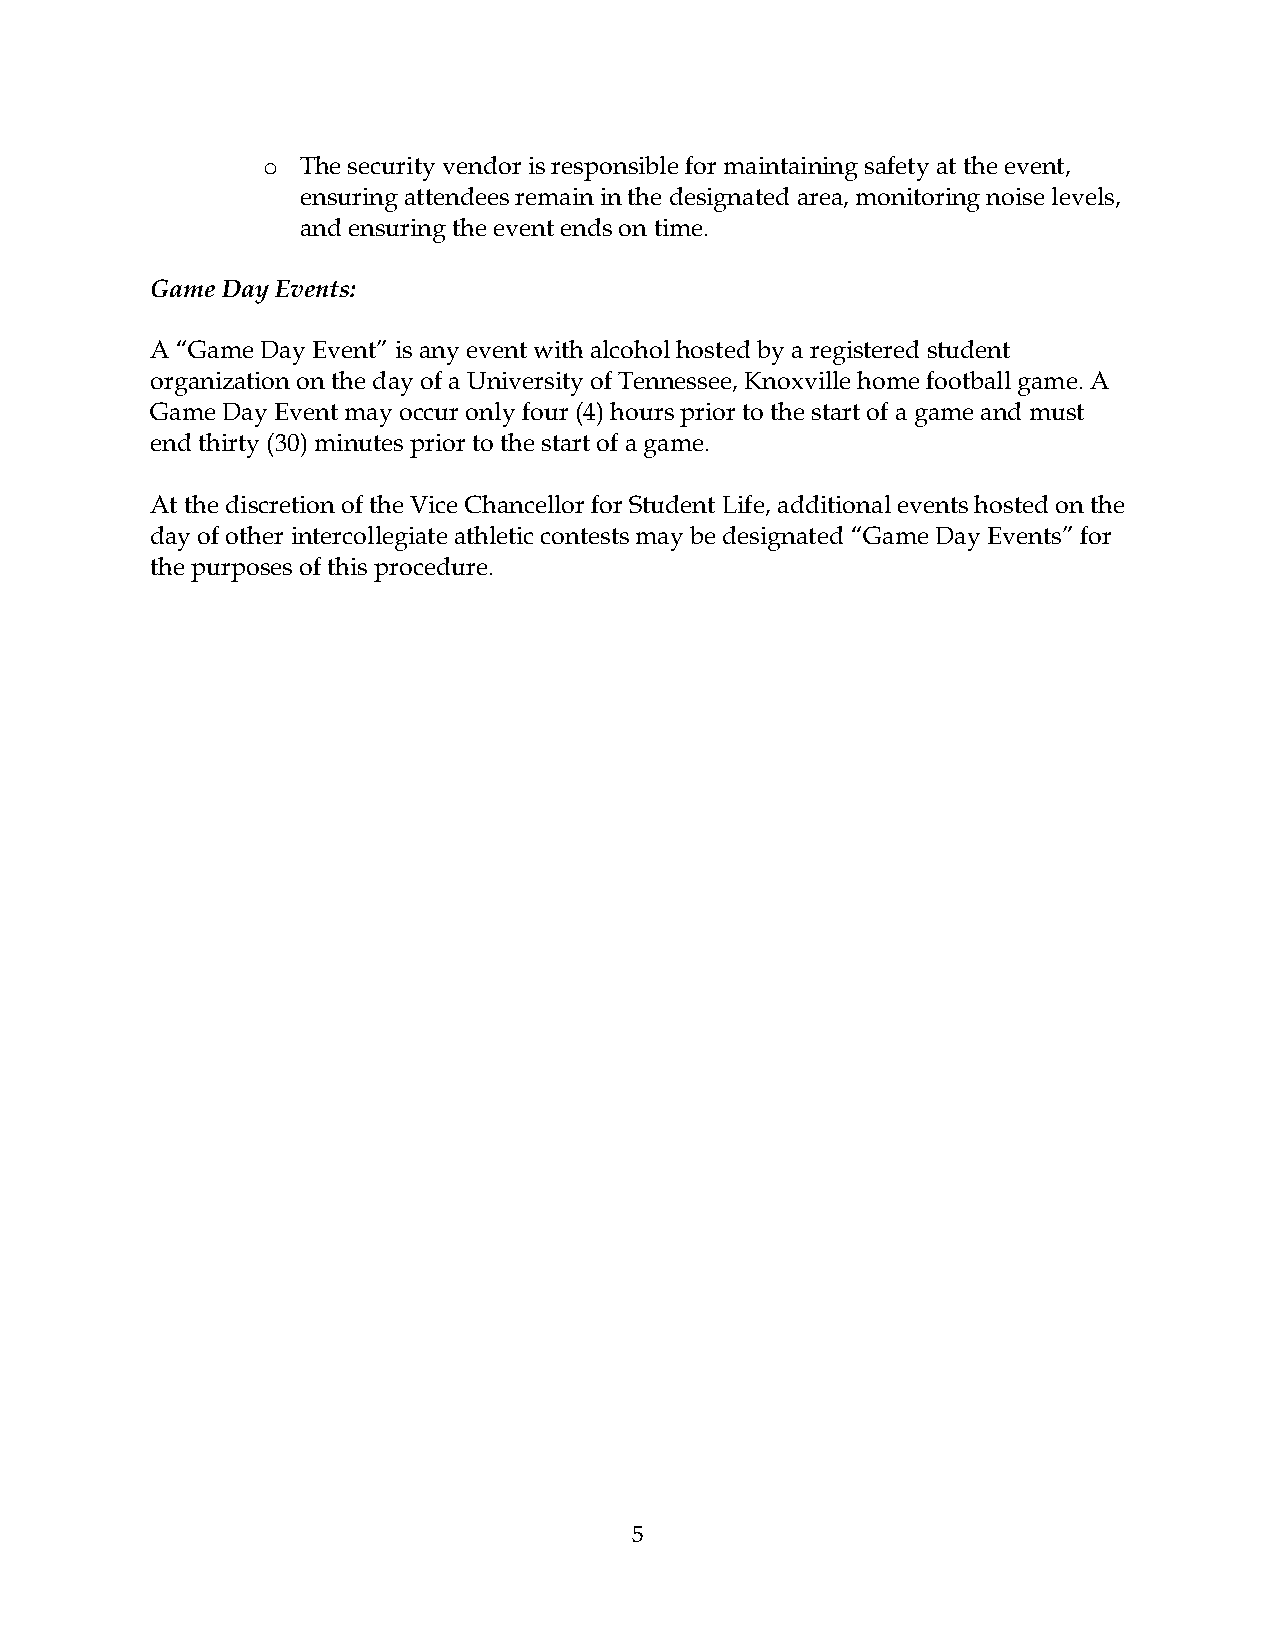
o  The security vendor is responsible for maintaining safety at the event,
 ensuring attendees remain in the designated area, monitoring noise levels,
 and ensuring the event ends on time.
 Game Day Events:
 A “Game Day Event” is any event with alcohol hosted by a registered student
 organization on the day of a University of Tennessee, Knoxville home football game. A
 Game Day Event may occur only four (4) hours prior to the start of a game and must
 end thirty (30) minutes prior to the start of a game.
 At the discretion of the Vice Chancellor for Student Life, additional events hosted on the
 day of other intercollegiate athletic contests may be designated “Game Day Events” for
 the purposes of this procedure.
 5